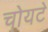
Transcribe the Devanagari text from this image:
चोयटे